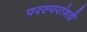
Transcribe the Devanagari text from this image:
परस्‍परांमधे